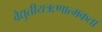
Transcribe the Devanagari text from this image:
वैद्युतीयऋणात्मकता